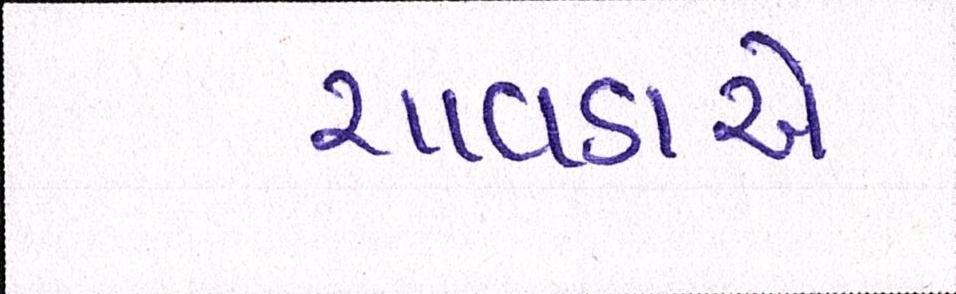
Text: ચાવડાએ